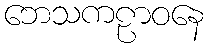
ဘေသကဠာဝနေ